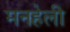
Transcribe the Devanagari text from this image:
मनहेली